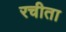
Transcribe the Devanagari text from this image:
रचीता